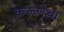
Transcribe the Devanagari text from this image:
करूणेचा